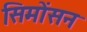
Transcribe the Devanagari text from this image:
सिमोंसन